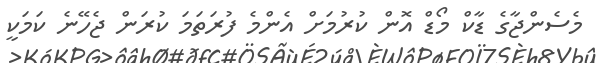
މެސެންޖާގެ ޑާކް މޯޑް އޮން ކުރުމަށް އެންމެ ފުރަތަމަ ކުރަން ޖެހޭނެ ކަމަކީ